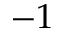
- 1